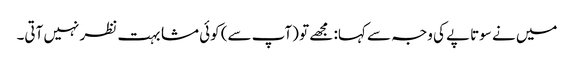
میں نے سوتاپے کی وجہ سے کہا: مجھے تو (آپ سے) کوئی مشابہت نظر نہیں آتی۔